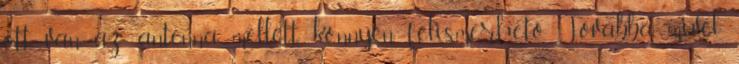
ott van az antenna mellett, könnyen felismerhető. Továbbá mivel